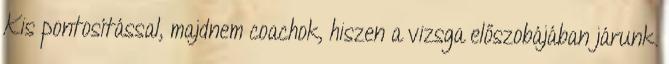
Kis pontosítással, majdnem coachok, hiszen a vizsga előszobájában járunk.